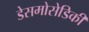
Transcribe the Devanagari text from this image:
डेसमोसेडिकी